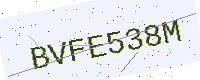
Text: BVFE538M